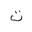
Letter: _ta